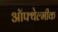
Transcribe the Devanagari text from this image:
ऑफ्थेल्मीक